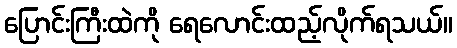
ပြောင်းကြီးထဲကို ရေလောင်းထည့်လိုက်ရသယ်။